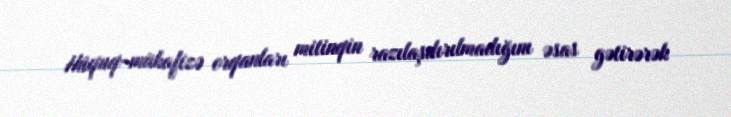
Hüquq-mühafizə orqanları mitinqin razılaşdırılmadığını əsas gətirərək